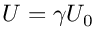
U = \gamma U _ { 0 }